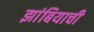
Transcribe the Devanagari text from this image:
झांबियाची